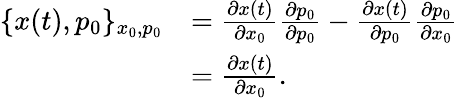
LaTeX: \begin{array}{rl}{\{ x(t),p_{0}\} _{x_{0},p_{0}}}&{=\frac{\partial x(t)}{\partial x_{0}}\frac{\partial p_{0}}{\partial p_{0}}-\frac{\partial x(t)}{\partial p_{0}}\frac{\partial p_{0}}{\partial x_{0}}}\\ &{=\frac{\partial x(t)}{\partial x_{0}}.}\end{array}